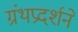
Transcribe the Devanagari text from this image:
ग्रंथप्रदर्शने